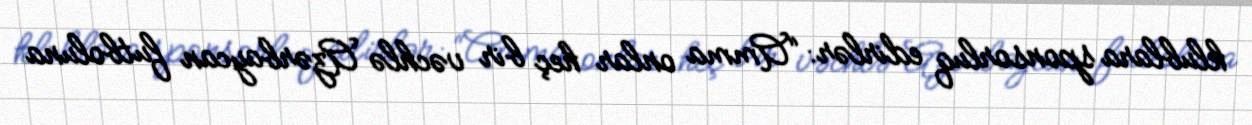
klublara sponsorluq edirlər: “Amma onlar heç bir vəchlə Azərbaycan futboluna